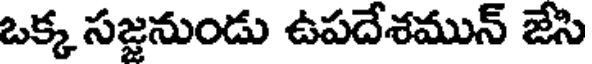
ఒక్క సజ్జనుండు ఉపదేశమున్ జేసి